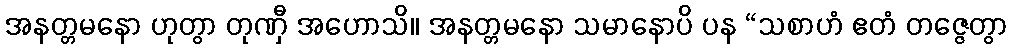
အနတ္တမနော ဟုတွာ တုဏှီ အဟောသိ။ အနတ္တမနော သမာနောပိ ပန “သစာဟံ ဧတံ တဇ္ဇေတွာ